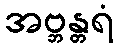
အဗ္ဘန္တရံ